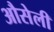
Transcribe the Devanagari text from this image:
औसेली